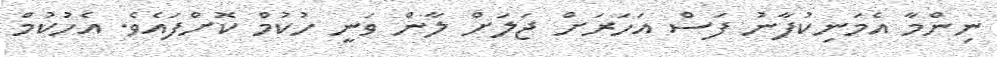
ނިންމާ އެމަނިކުފާނު ފަސް އަހަރަށް ޖަލަށް ލާން ވަނީ ހުކުމް ކޮށްފައެވެ. އެހުކުމް